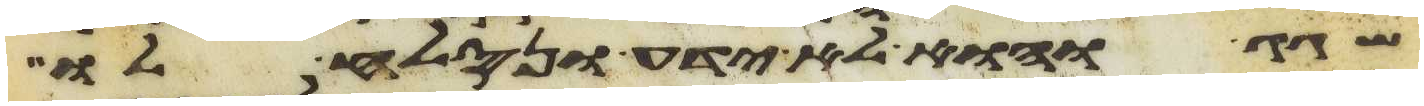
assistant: שגג והוא לא ידע ונסלח לו